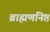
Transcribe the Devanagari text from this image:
ब्राह्मणनिष्ठ